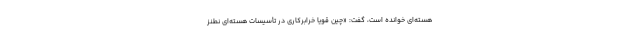
هسته‌ای خوانده است، گفت: «چین قویاً خرابرکاری در تأسیسات هسته‌ای نطنز